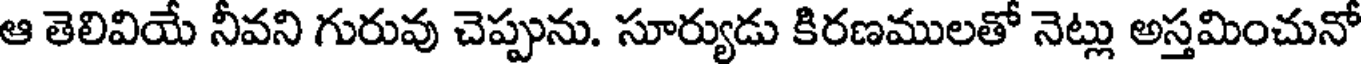
ఆ తెలివియే నీవని గురువు చెప్పును. సూర్యుడు కిరణములతో నెట్లు అస్తమించునో